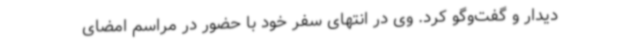
دیدار و گفت‌وگو کرد. وی در انتهای سفر خود با حضور در مراسم امضای